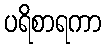
ပရိစာရကာ